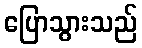
ပြောသွားသည်